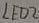
Text: LED2